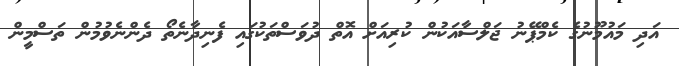
އަދި މައުމޫނުގެ ކެމްޕޭނު ޖަލްސާއަކުން ކުރިއަށް އޮތް ދުވަސްތަކުގައި ފެނިދާނެތޯ ދެންނެވުމުން ތަސްމީން